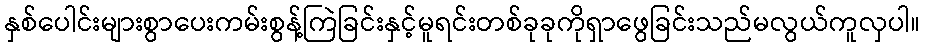
နှစ်ပေါင်းများစွာပေးကမ်းစွန့်ကြဲခြင်းနှင့်မူရင်းတစ်ခုခုကိုရှာဖွေခြင်းသည်မလွယ်ကူလှပါ။